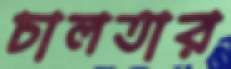
চালতার